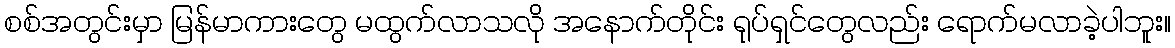
စစ်အတွင်းမှာ မြန်မာကားတွေ မထွက်လာသလို အနောက်တိုင်း ရုပ်ရှင်တွေလည်း ရောက်မလာခဲ့ပါဘူး။